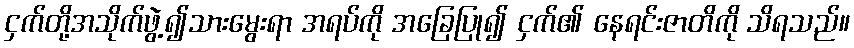
ငှက်တို့အသိုက်ဖွဲ့၍သားမွေးရာ အရပ်ကို အခြေပြု၍ ငှက်၏ နေရင်းဇာတိကို သိရသည်။